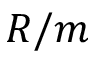
R / m